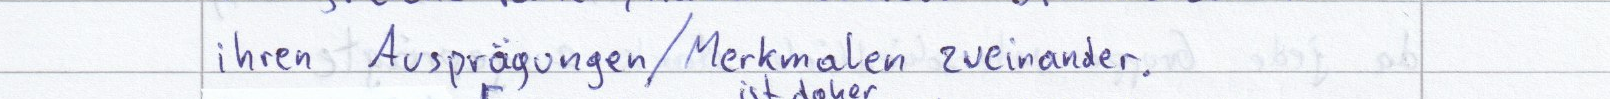
ihren Ausprägungen / Merkmalen zueinander